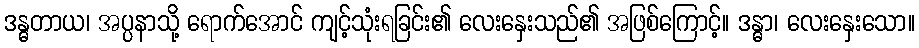
ဒန္ဓတာယ၊ အပ္ပနာသို့ ရောက်အောင် ကျင့်သုံးရခြင်း၏ လေးနှေးသည်၏ အဖြစ်ကြောင့်။ ဒန္ဓာ၊ လေးနှေးသော။